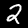
Digit: 2